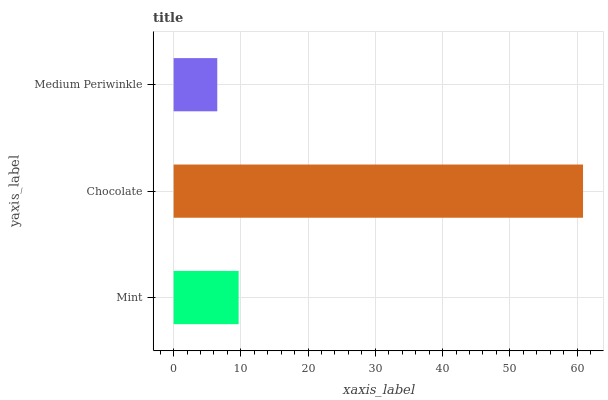
| yaxis_label | bars |
 | --- | --- |
 | Mint | 9.67 |
 | Chocolate | 60.9 |
 | Medium Periwinkle | 6.49 |